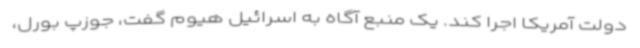
دولت آمریکا اجرا کند. یک منبع آگاه به اسرائیل هیوم گفت، جوزپ بورل،